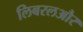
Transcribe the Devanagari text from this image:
लिबरलऔर